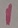
Text: 1